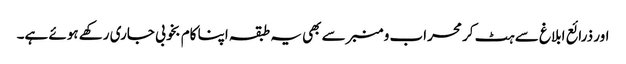
اور ذرائع ابلاغ سے ہٹ کر محراب و منبر سے بھی یہ طبقہ اپنا کام بخوبی جاری رکھے ہوئے ہے۔